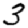
Digit: 3